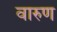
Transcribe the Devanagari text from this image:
वारुण